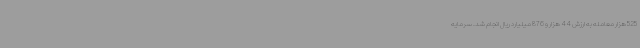
525 هزار معامله به ارزش 44 هزار و 876 میلیارد ریال انجام شد. سرمایه